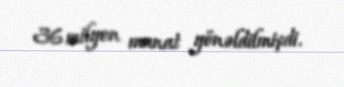
36 milyon manat yönəldilmişdi.